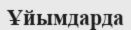
Ұйымдарда